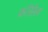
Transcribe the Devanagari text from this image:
कॉसेल